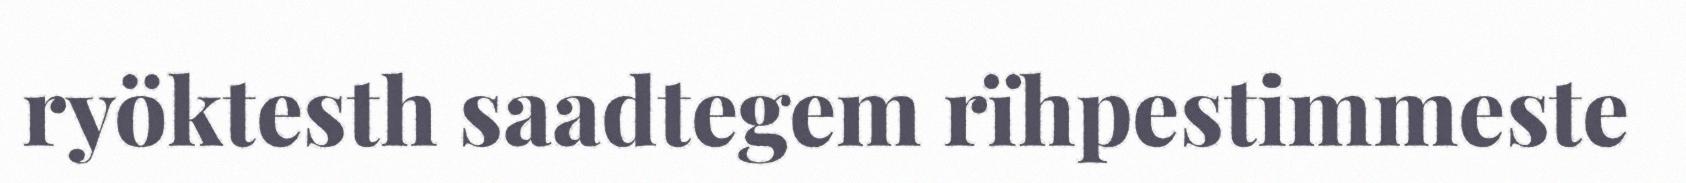
ryöktesth saadtegem rïhpestimmeste